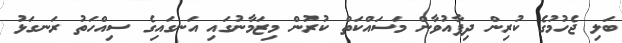
ބަލި ޖެހުމުގެ ކުރިން ދިފާއުވާން މަސައްކަތް ކުރުން މިޒަމާނުގައި އަނގައިގެ ސިއްހަތު ރަނގަޅު